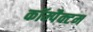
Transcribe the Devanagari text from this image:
कॉम्पैक्टम